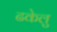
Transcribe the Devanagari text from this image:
ढकेलु